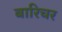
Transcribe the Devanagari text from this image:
बारिचर